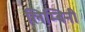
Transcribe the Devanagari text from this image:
लिम्बिनी